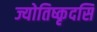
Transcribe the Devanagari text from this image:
ज्योतिष्कृदसि